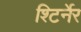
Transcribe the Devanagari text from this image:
श्टिर्नेर